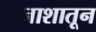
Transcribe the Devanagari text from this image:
नाशातून